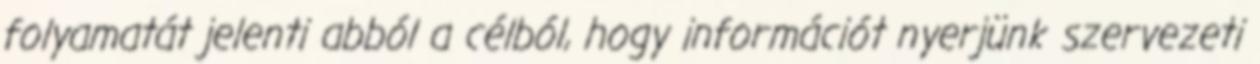
folyamatát jelenti abból a célból, hogy információt nyerjünk szervezeti